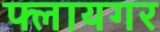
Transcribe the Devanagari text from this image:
फ्लायगर